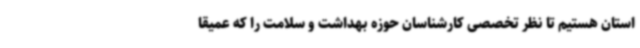
استان هستیم تا نظر تخصصی کارشناسان حوزه بهداشت و سلامت را که عمیقا